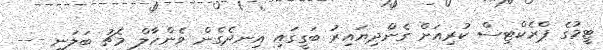
ޓީމުގެ ޕްރެކްޓިސް ކުރިއަށް ގެންދިޔައިރު ބަގީގައި އިނދެގެން ވެންހާލް މެޗު ބަލަނީ ---